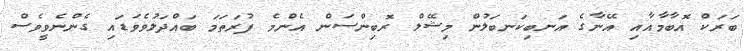
ބަރަކް އޮބާމާއާއި އޭނާގެ އަނބިކަނބަލުން މިޝޭލް ރޮބިންސަން އެންމެ ފުރަތަމަ ބައްދަލުވެވަޑައި ގެންނެވީވެސް